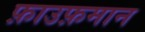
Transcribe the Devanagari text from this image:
फ़ाउफ़मान